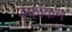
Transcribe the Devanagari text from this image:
डेफोकन